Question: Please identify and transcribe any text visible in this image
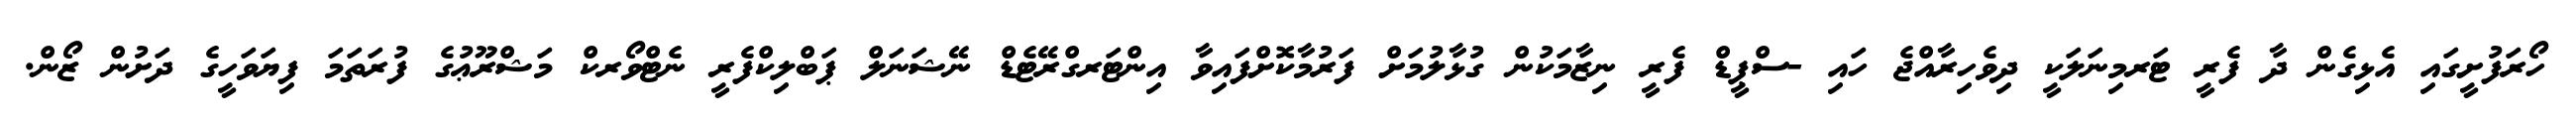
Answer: ހޯރަފުށީގައި އެޅިގެން ދާ ފެރީ ޓަރމިނަލަކީ ދިވެހިރާއްޖެ ހައި -ސްޕީޑް ފެރީ ނިޒާމަކުން ގުޅާލުމަށް ފަރުމާކޮށްފައިވާ އިންޓަރގްރޭޓެޑް ނޭޝަނަލް ޕަބްލިކްފެރީ ނެޓްވޯރކް މަޝްރޫޢުގެ ފުރަތަމަ ފިޔަވަހީގެ ދަށުން ޒޯން.